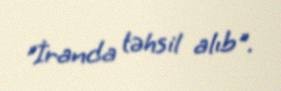
"İranda təhsil alıb".